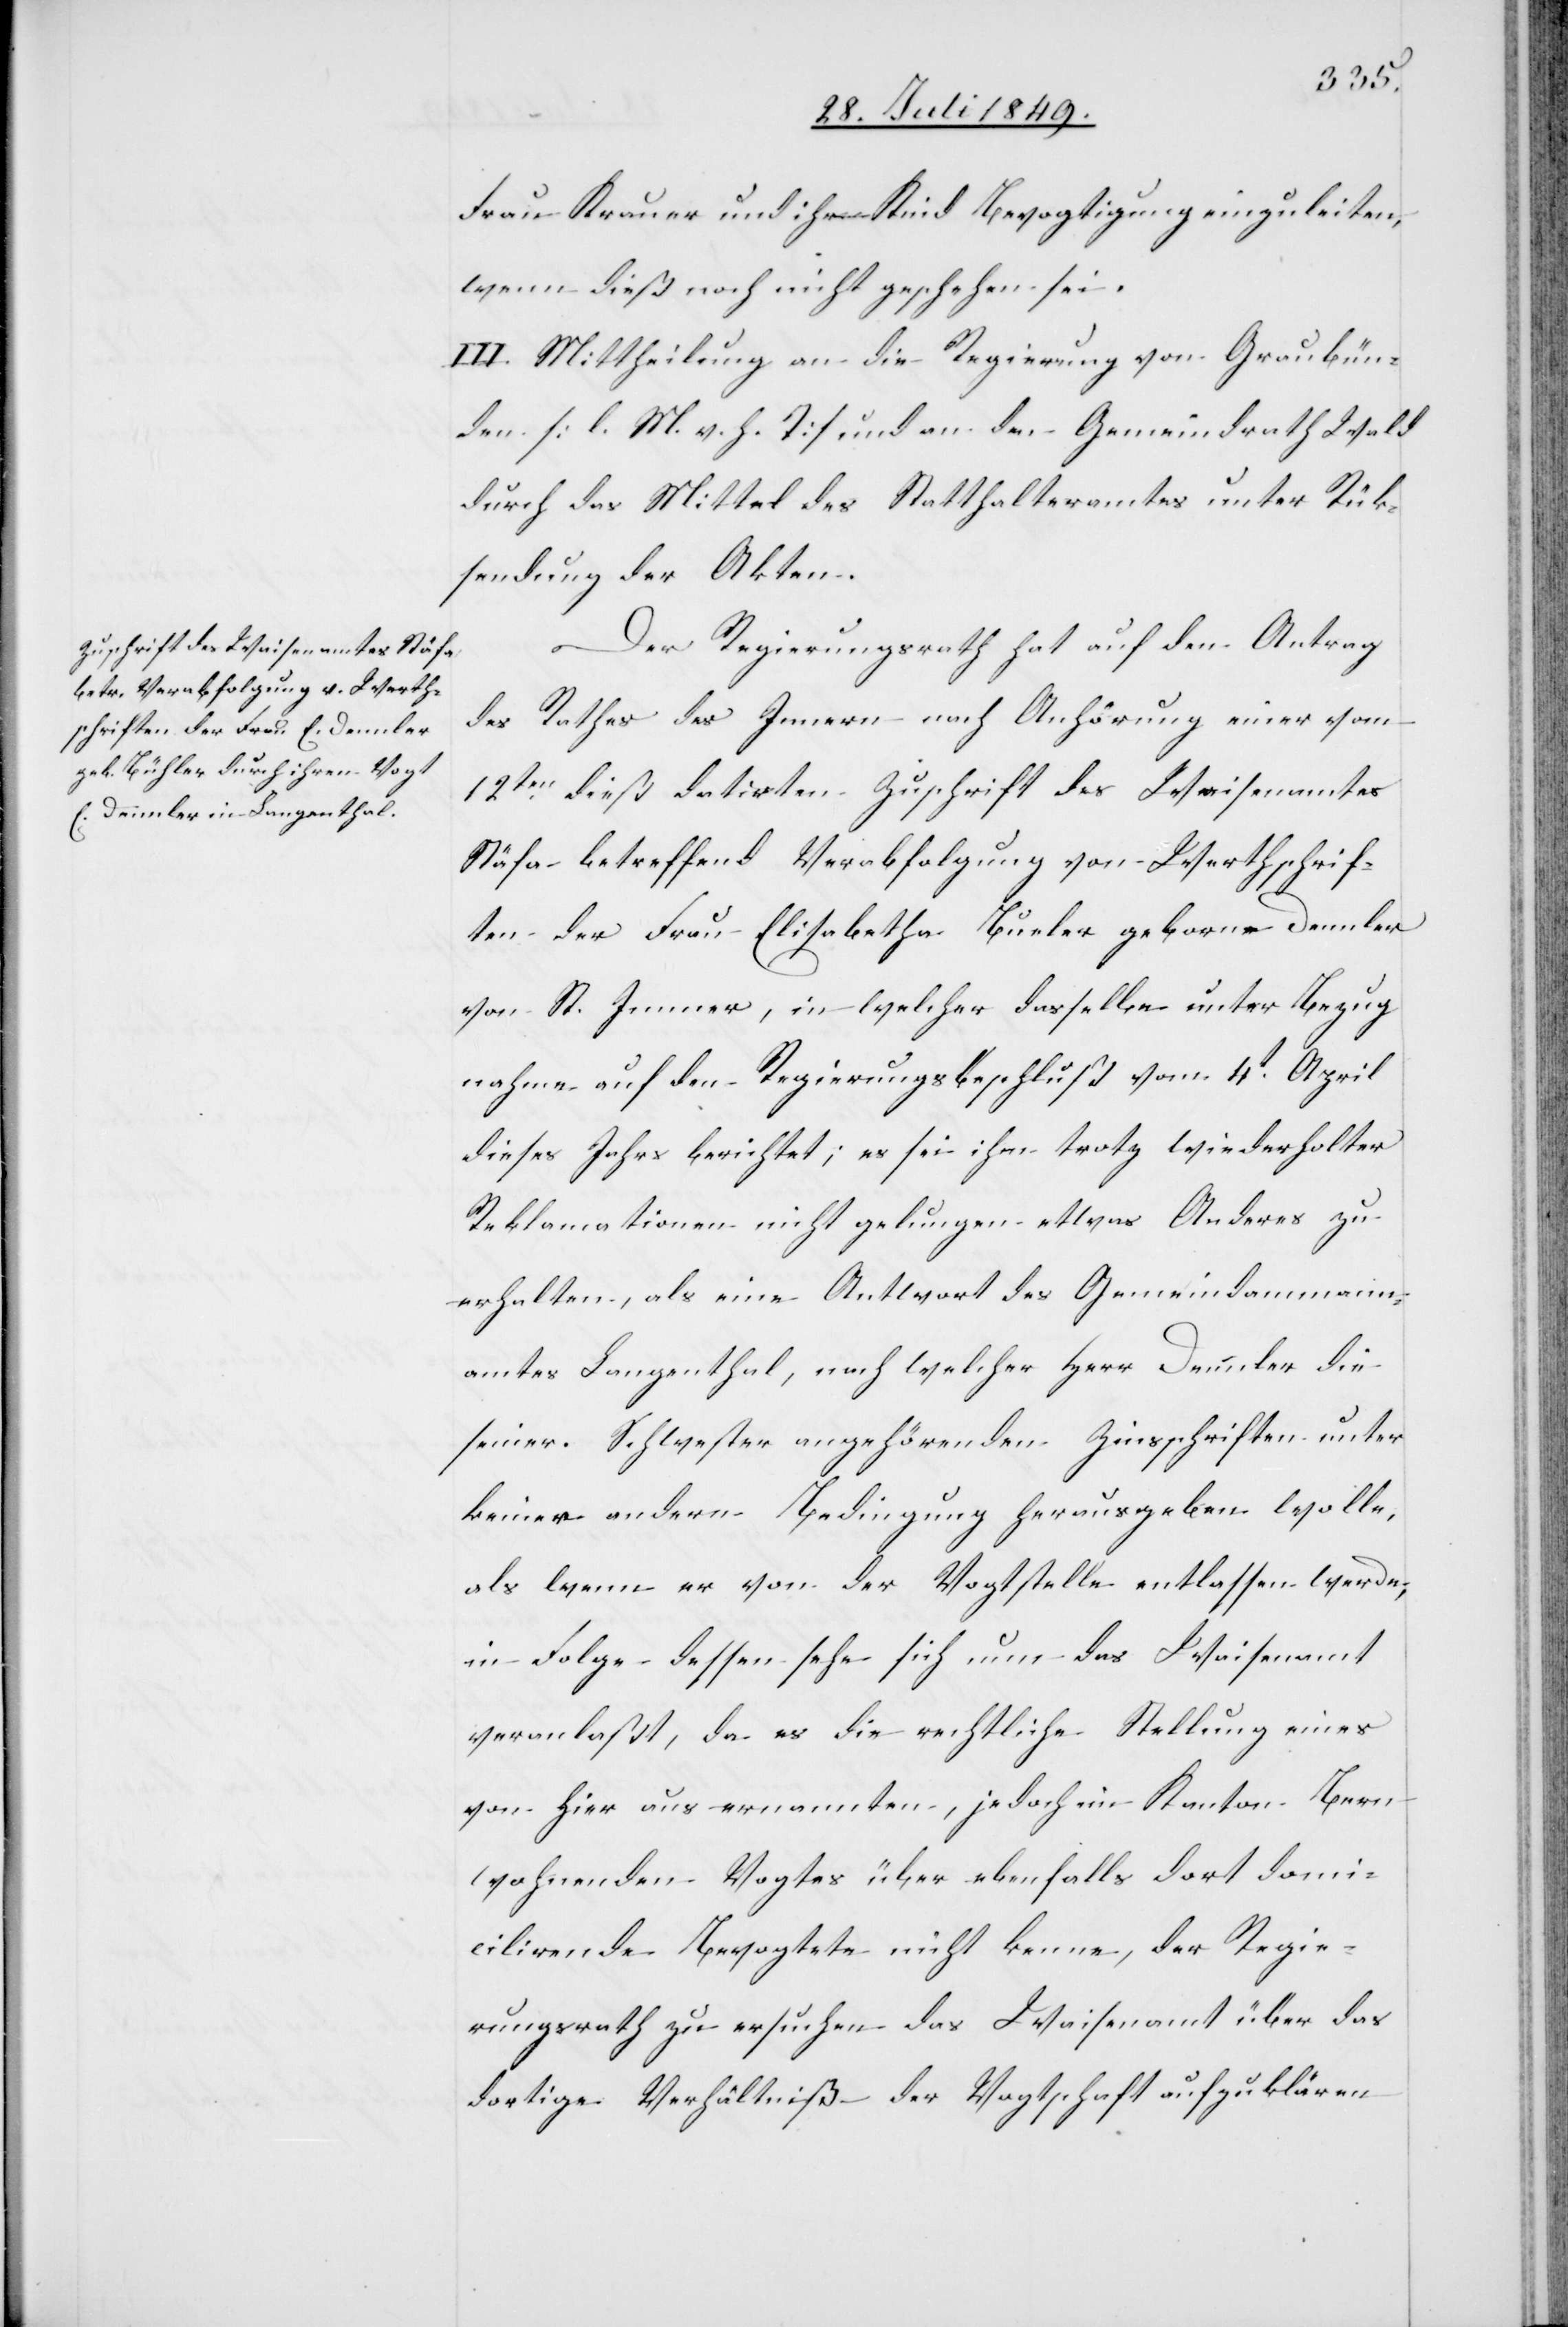
Frau Krauer und ihr Kind Bevogtigung einzuleiten,
wenn dieß noch nicht geschehen sei.
III. Mittheilung an die Regierung von Graubün¬
den [l. M. v. h. T] und an den Gemeindrath Wald
durch das Mittel des Statthalteramtes unter Rück¬
sendung der Akten.
Der Regierungsrath hat auf den Antrag
des Rathes des Innern nach Anhörung einer vom
12ten dieß datirten Zuschrift des Waisenamtes
Stäfa betreffend Verabfolgung von Werthschrif¬
ten der Frau Elisabetha Bueler geborne Dennler
von St. Immer, in welcher dasselbe unter Bezug¬
nahme auf den Regierungsbeschluß vom 4t April
dieses Jahrs berichtet; es sei ihm trotz wiederholter
Reklamationen nicht gelungen etwas Anderes zu
erhalten, als eine Antwort des Gemeindammann¬
amtes Langenthal, nach welcher Herr Dennler die
seiner Schwester angehörenden Zinsschriften unter
keine andere Bedingung herausgeben wolle,
als wenn er von der Vogtstelle entlassen werde,
in Folge dessen sehe sich nun das Waisenamt
veranlaßt, da es die rechtliche Stellung eines
von hier aus ernannten, jedoch im Kanton Bern
wohnenden Vogtes über ebenfalls dort domi¬
cilirende Bevogtete nicht kenne, der Regie¬
rungsrath zu ersuchen das Waisenamt über das
dortige Verhältniß der Vogtschaft aufzuklären